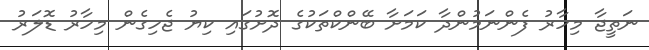
ނަތީޖާ މިހާރު ފެންނަމުންދާ ކަމަށާ ބޭންކްތަކުގެ ދޮށުގައި ކިޔު ޖެހިގެން މިހާރު ޑޮލަރު